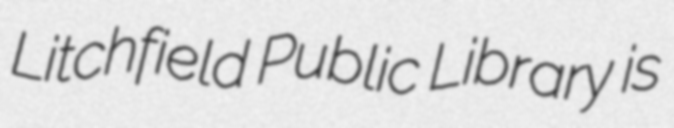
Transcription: Litchfield Public Library is